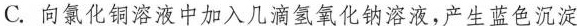
C.向氯化铜溶液中加入几滴氢氧化钠溶液，产生蓝色沉淀